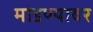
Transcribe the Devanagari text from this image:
मांडण्यावर